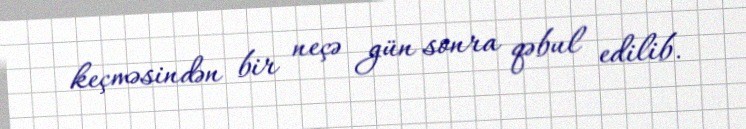
keçməsindən bir neçə gün sonra qəbul edilib.